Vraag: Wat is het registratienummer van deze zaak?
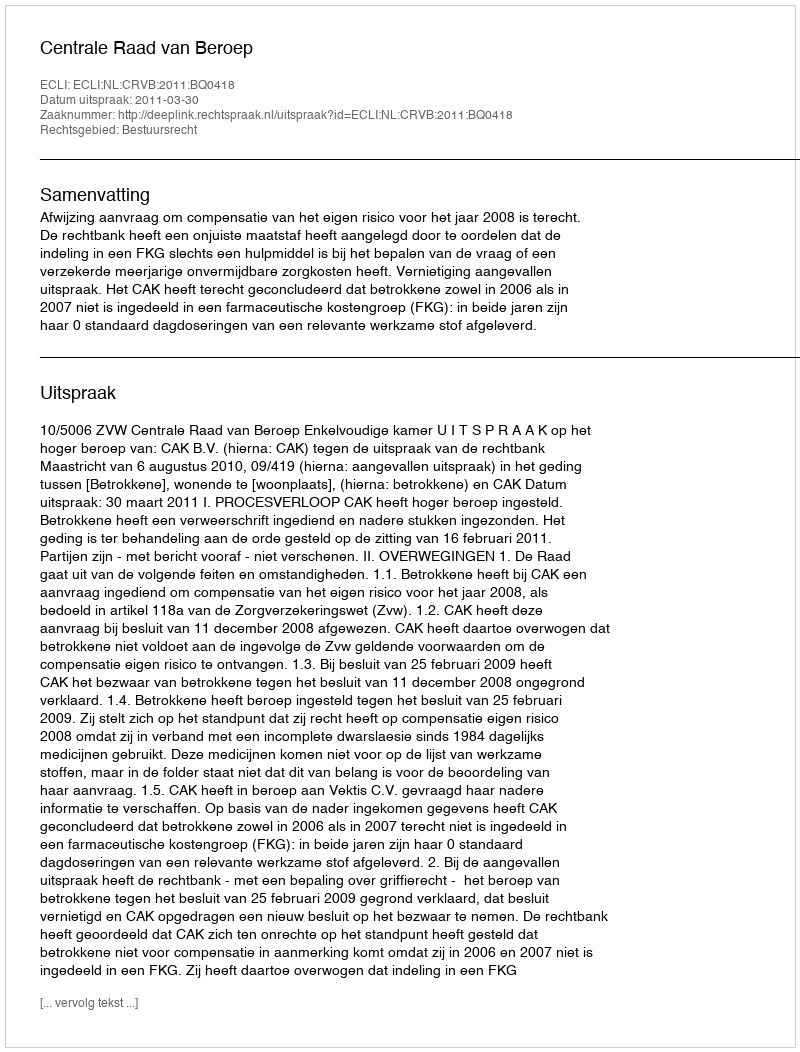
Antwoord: http://deeplink.rechtspraak.nl/uitspraak?id=ECLI:NL:CRVB:2011:BQ0418